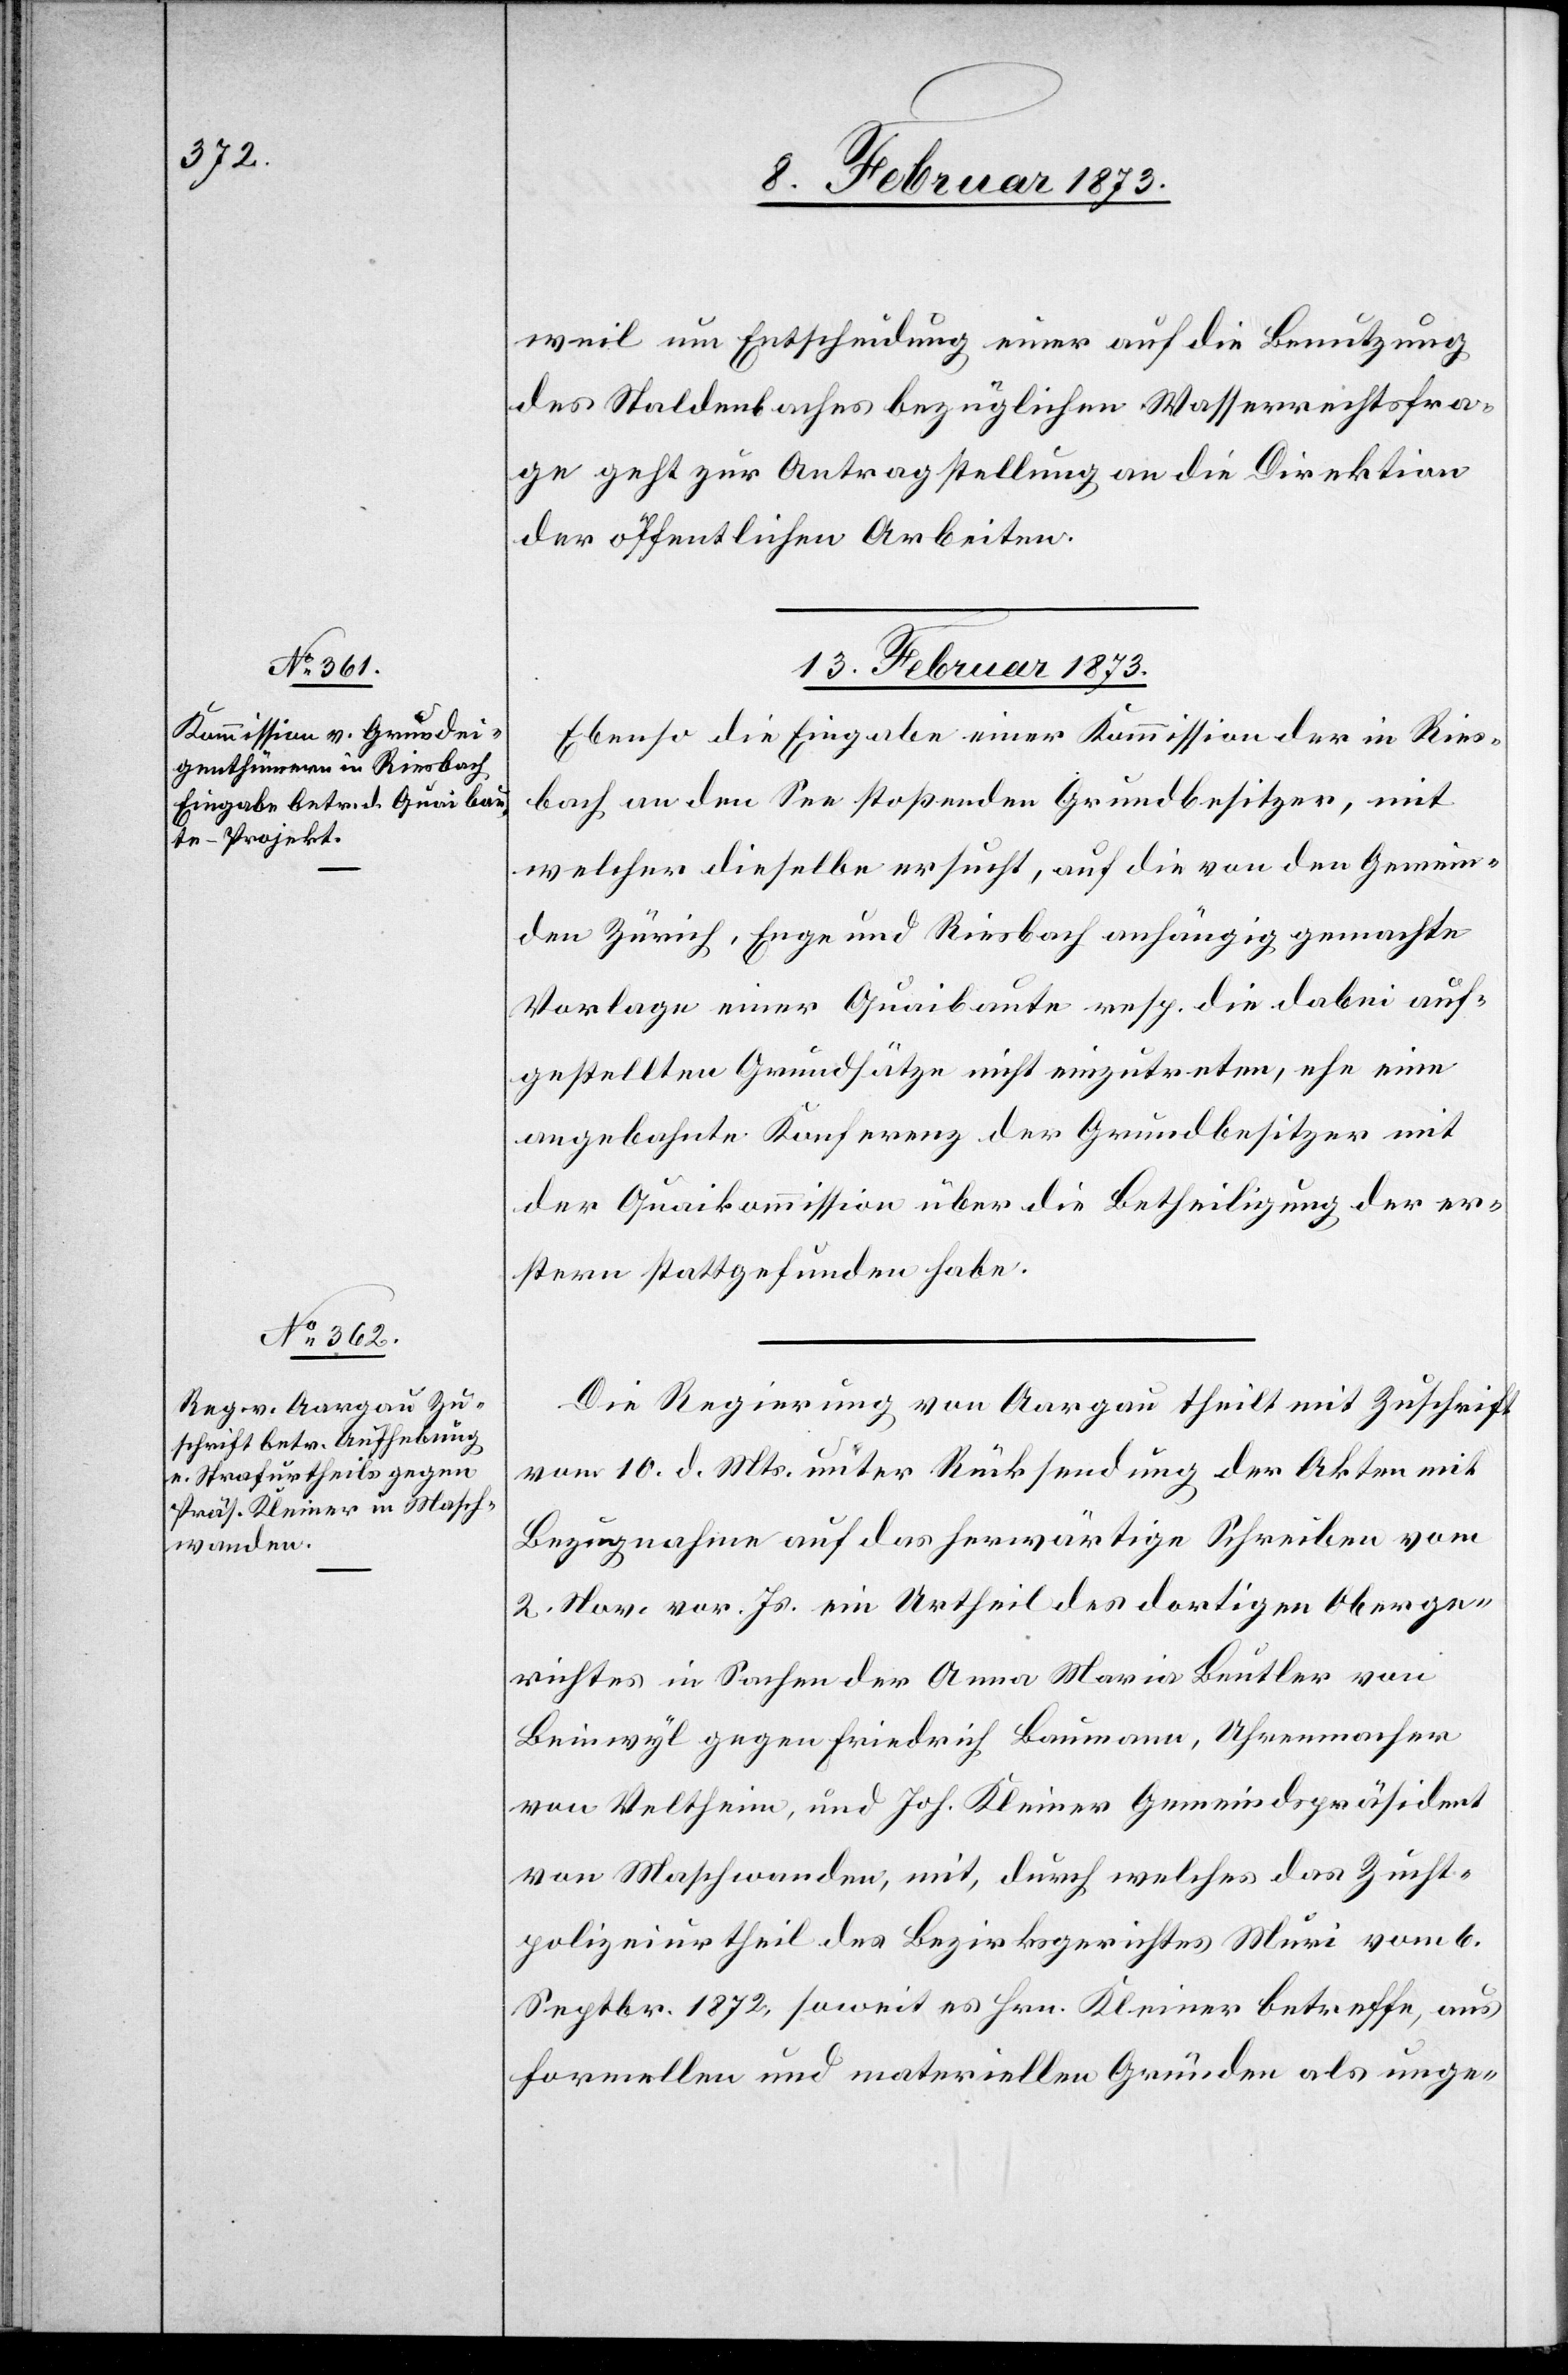
13. Februar 1873.]
weil um Entscheidung einer auf die Benutzung
des Staldenbaches bezüglichen Wasserrechtsfra¬
ge geht zur Antragstellung an die Direktion
der öffentlichen Arbeiten.
13. Februar 1873.
Ebenso die Eingabe einer Kommission der in Ries¬
bach an den See stoßenden Grundbesitzer, mit
welcher dieselbe ersucht, auf die von den Gemein¬
den Zürich, Enge und Riesbach anhängig gemachte
Vorlage einer Quaibaute resp. die dabei auf¬
gestellten Grundsätze nicht einzutreten, ehe eine
angebahnte Konferenz der Grundbesitzer mit
der Quaikommission über die Betheiligung der er¬
stern stattgefunden habe.
Die Regierung von Aargau theilt mit Zuschrift
vom 10. d. Mts. unter Rücksendung der Akten mit
Bezugnahme auf das herwärtige Schreiben vom
2. Nov. vor. Js. ein Urtheil des dortigen Oberge¬
richtes in Sachen der Anna Maria Beutler von
Beinwyl gegen Friedrich Baumann, Uhrenmacher
von Veltheim, und Joh. Kleiner Gemeindspräsident
von Maschwanden, mit, durch welches das Zucht¬
polizeiurtheil des Bezirksgerichtes Muri vom 6.
Septbr. 1872, soweit es Hrn. Kleiner betreffe, aus
formellen und materiellen Gründen als unge-